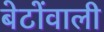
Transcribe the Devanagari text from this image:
बेटोंवाली